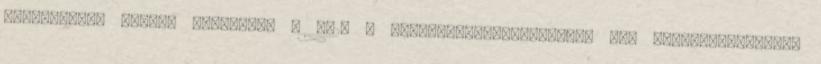
biztosítani kettõs vízforrás . 7.2. A sprinklerberendezéshez más oltóvízrendszert